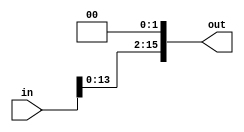
module shiftLeft(input [15:0] in, output [15:0] out);
  assign out[15:2] = in[13:0];
  assign out[1] = 0;
  assign out[0] = 0;
endmodule